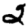
Digit: 2